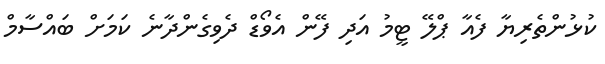
ކުޅުންތެރިޔާ ފެއާ ޕްލޭ ޓީމު އަދި ފޭން އެވޯޑް ދެވިގެންދާނެ ކަމަށް ބައްސާމް